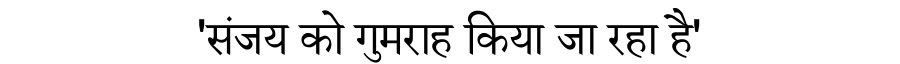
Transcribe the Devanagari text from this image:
'संजय को गुमराह किया जा रहा है'